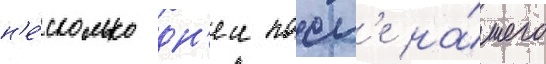
н'е́сколько дн'еи посл'е на́шего